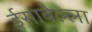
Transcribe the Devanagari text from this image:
ईसाबेल्ला